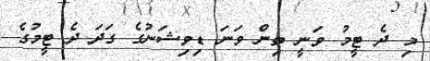
މި ދެ ޓީމު ވަނީ ތިން ވަނަ ޑިވިޝަނުގެ ގަދަ ދެ ޓީމުގެ